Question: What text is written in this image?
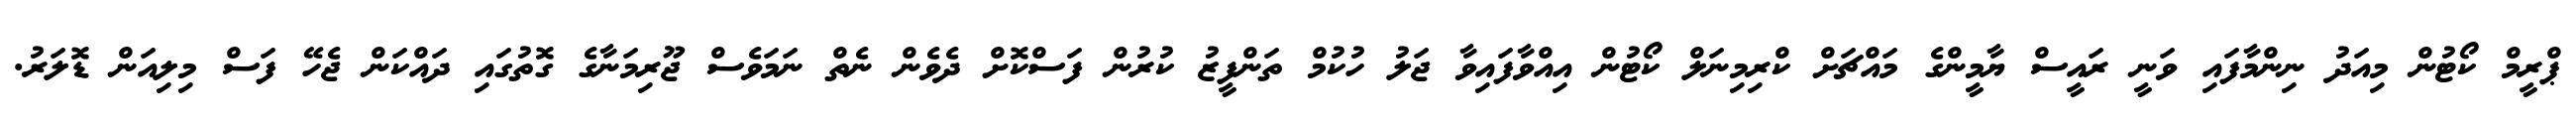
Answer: ޕްރީމް ކޯޓުން މިއަދު ނިންމާފައި ވަނީ ރައީސް ޔާމީންގެ މައްޗަށް ކްރިމިނަލް ކޯޓުން އިއްވާފައިވާ ޖަލު ހުކުމް ތަންފީޒު ކުރުން ފަސްކޮށް ދެވެން ނެތް ނަމަވެސް ޖޫރިމަނާގެ ގޮތުގައި ދައްކަން ޖެހޭ ފަސް މިލިއަން ޑޮލަރު.